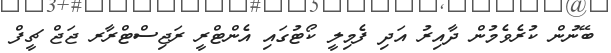
ބޭނުން ކުރެވެމުން ދާއިރު އަދި ފެމިލީ ކޯޓުގައި އެންޓްރީ ރަޖިސްޓްރާރ ޖަޖް ޗީފް